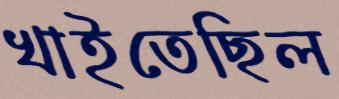
খাইতেছিল